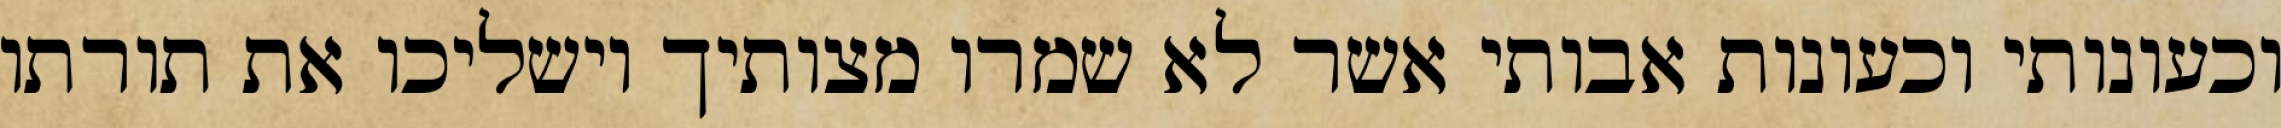
וכעונותי וכעונות אבותי אשר לא שמרו מצותיך וישליכו את תורתו